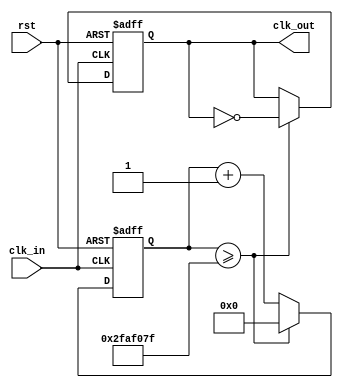
`timescale 1ns / 1ps
`default_nettype none //helps catch typo-related bugs
//////////////////////////////////////////////////////////////////////////////////
// 
// CS 141 - Fall 2015
// Module Name:    clk_divider 
// Author(s): 
// Description: 
//
//
//////////////////////////////////////////////////////////////////////////////////
module clk_divider(clk_in, rst, clk_out);

	//parameter definitions
	parameter N = 100000000; //divide by number

	//port definitions - customize for different bit widths
	input wire clk_in;
	input wire rst;
	output reg clk_out;
	
	//internal state registers and clk
	reg [31:0] r_cur;
	
	// next-state assignments
	always @(posedge clk_in, posedge rst)
	begin
		if (rst) begin
			r_cur <= 1'b0;
			clk_out <= 1'b0;
		end
		else if (r_cur >= (N/2)-1) begin
			r_cur <= 1'b0;
			clk_out <= ~clk_out;
		end
		else 
			r_cur <= r_cur + 1;
	end
	
	
endmodule
`default_nettype wire //some Xilinx IP requires that the default_nettype be set to wire